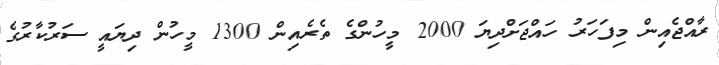
ރާއްޖެއިން މިފަހަރު ހައްޖަށްދިޔަ 2000 މީހުންގެ ތެރެއިން 1300 މީހުން ދިޔައީ ސަރުކާރުގެ